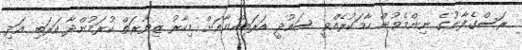
ރަސްގެފާނުގެ ނިންމެވުން ހާމަކުރެއްވީ ސައުދީ އަރަބިއްޔާއަށް މިހާރު ޒިޔާރަތް ކުރަމުންދާ އަރަބި އަދި